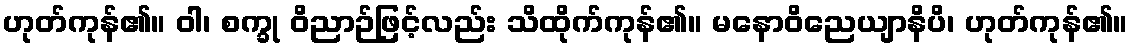
ဟုတ်ကုန်၏။ ဝါ၊ စက္ခု ဝိညာဉ်ဖြင့်လည်း သိထိုက်ကုန်၏။ မနောဝိညေယျာနိပိ၊ ဟုတ်ကုန်၏။